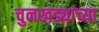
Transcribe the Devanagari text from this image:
चुनखड्यांच्या